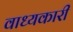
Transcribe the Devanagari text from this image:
वाध्यकारी